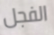
الفجل